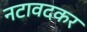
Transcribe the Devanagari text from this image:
नटावदकर